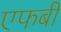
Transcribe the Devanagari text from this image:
एफबी